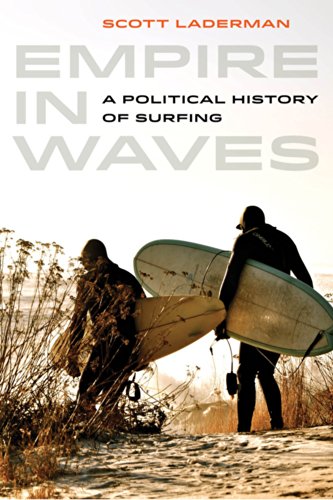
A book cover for Empire in Waves: A Political History of Surfing (Sport in World History); Scott Laderman; Sports & Outdoors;